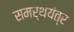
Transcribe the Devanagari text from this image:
समर्थयंत्र